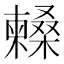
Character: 𣞰